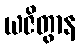
ယဇိတွာန